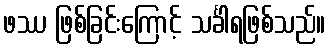
ဖဿ ဖြစ်ခြင်းကြောင့် သင်္ခါရဖြစ်သည်။